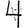
Digit: 4